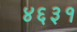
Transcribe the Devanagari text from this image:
४६३१